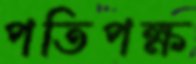
পতিপক্ষ